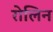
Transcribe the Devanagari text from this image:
रोलिन